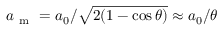
a _ { \mathrm { ~ m ~ } } = a _ { 0 } / \sqrt { 2 ( 1 - \cos \theta ) } \approx a _ { 0 } / \theta